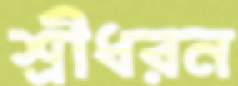
শ্রীধরন